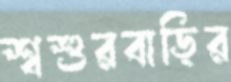
শ্বশুরবাড়ির